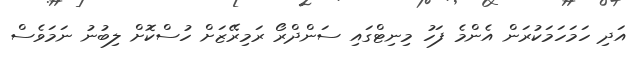
އަދި ހަމަހަމަކުރަން އެންމެ ފަހު މިނިޓްގައި ސަންދްރޯ ރަމިރޭޒަށް ހުސްކޮށް ލިބުނު ނަމަވެސް